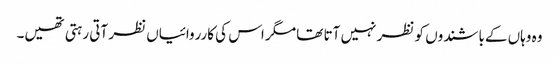
وہ وہاں کےباشندوں کو نظر نہیں آتا تھا مگر اس کی کارروائیاں نظر آتی رہتی تھیں۔